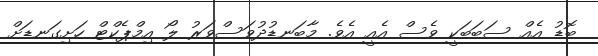
ބޮޑު އެއް ސަބަަބަކީ ވެސް އެއީ އެވެ. މާބަނޑުދުވަސްވަރު ލޯ އިމްޕެކްޓް ހަށިގަނޑަށް